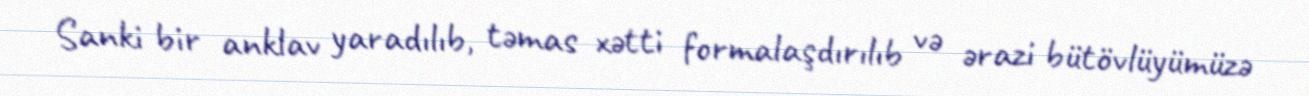
Sanki bir anklav yaradılıb, təmas xətti formalaşdırılıb və ərazi bütövlüyümüzə